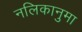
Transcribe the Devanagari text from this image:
नलिकानुमा